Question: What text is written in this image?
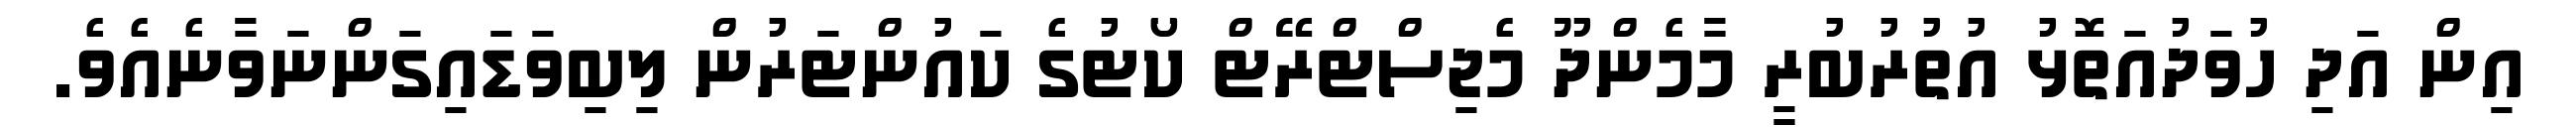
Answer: އިން އަދި ހުވަދުއަތޮޅު އުތުރުބުރީ މާމެންދޫ މެޖިސްޓްރޭޓް ކޯޓުގެ ކައުންޓަރުން ލިބިވަޑައިގަންނަވާނެއެވެ.